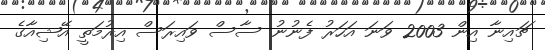
ޗައިނާ އިން 2003 ވަނަ އަހަރު ފެނުނު ސާސް ވައިރަސް އިރުމަތީ އޭޝިއާގެ